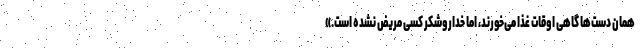
همان دست‌ها گاهی اوقات غذا می‌خورند، اما خداروشکر کسی مریض نشده است.»